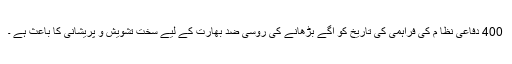
400 دفاعی نظا م کی فراہمی کی تاریخ کو آگے بڑھانے کی روسی ضد بھارت کے لیے سخت تشویش و پریشانی کا باعث ہے ۔